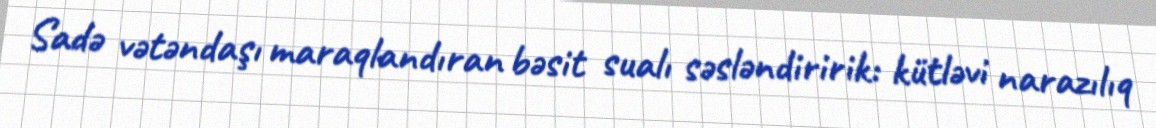
Sadə vətəndaşı maraqlandıran bəsit sualı səsləndiririk: kütləvi narazılıq